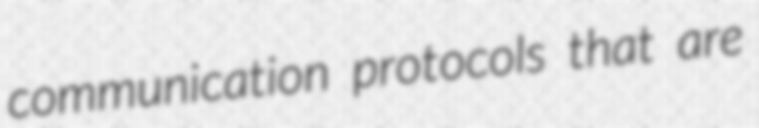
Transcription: communication protocols that are